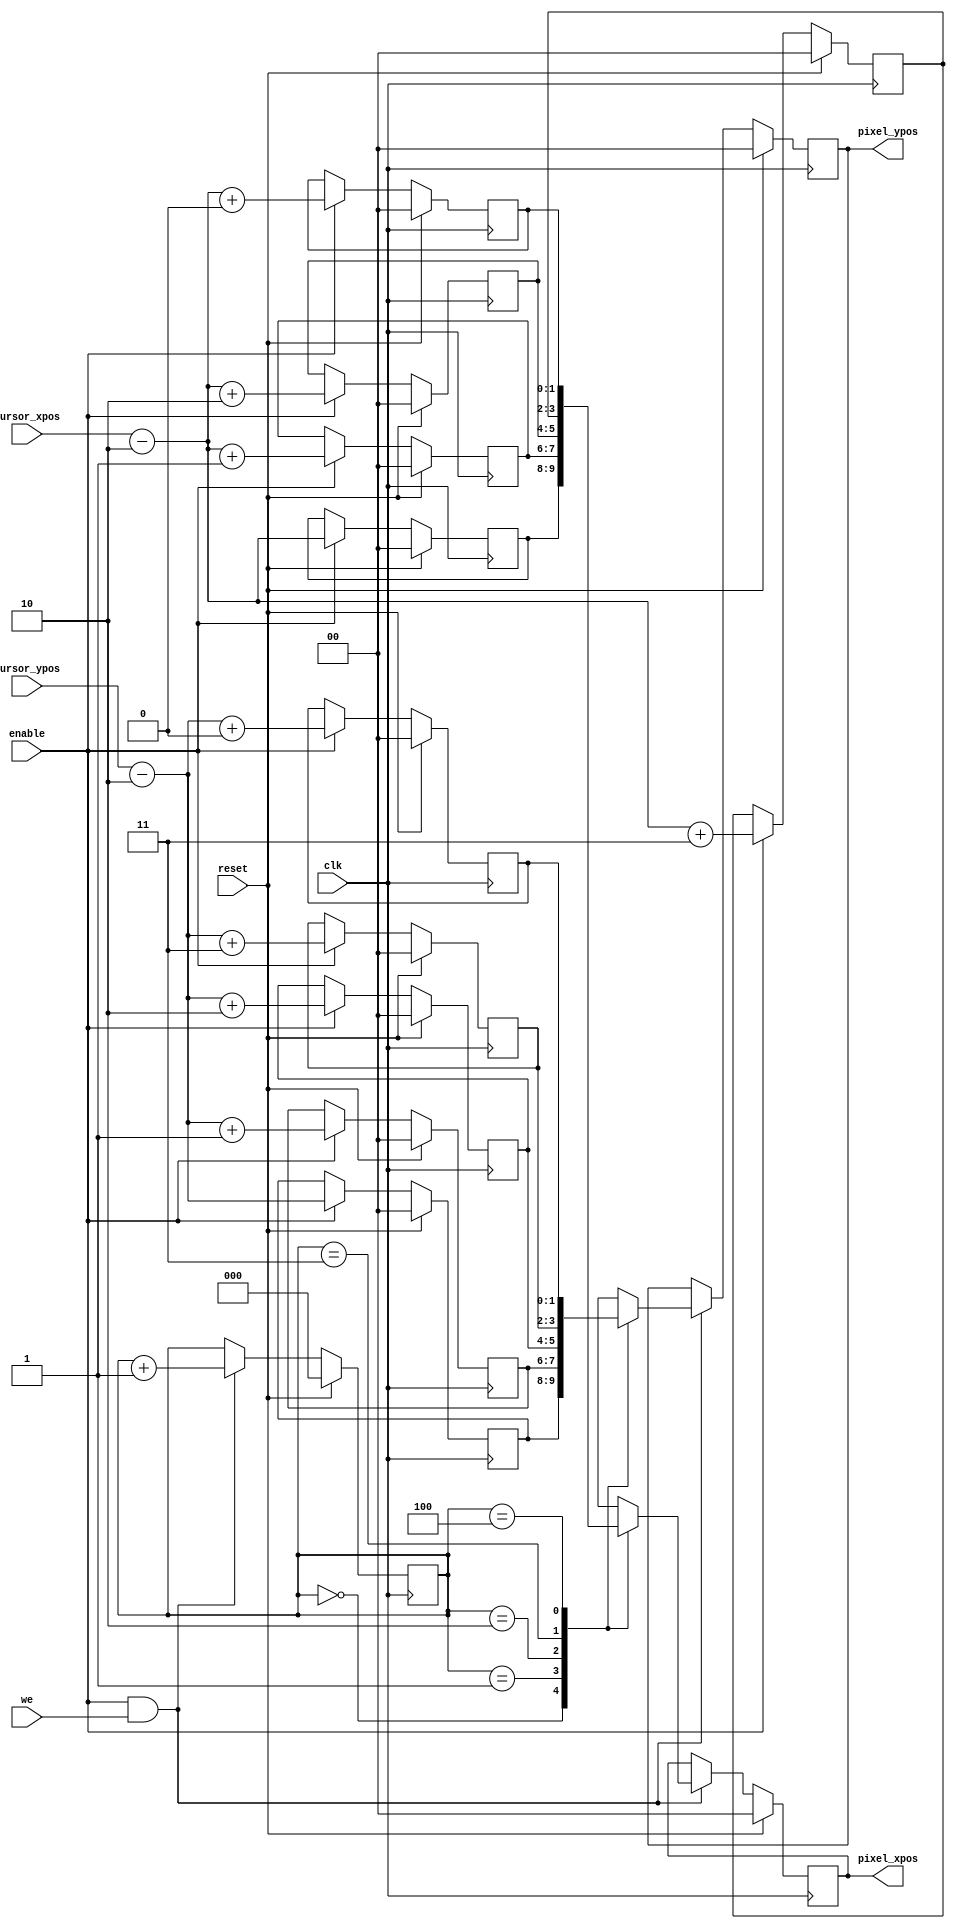
// This program was cloned from: https://github.com/DigitalDesignSchool/ce2020labs
// License: MIT License

module other_computer
#(
	parameter HPOS_WIDTH=0,
				 VPOS_WIDTH=0,
				 CURSOR_SIZE=4
	
)
(
	input clk,reset,enable,we,
	input [HPOS_WIDTH - 1:0] cursor_xpos,
   input [VPOS_WIDTH - 1:0] cursor_ypos,
	output reg [HPOS_WIDTH - 1:0] pixel_xpos,
	output reg [VPOS_WIDTH - 1:0] pixel_ypos
);
	localparam CNT_SIZE=$clog2 (CURSOR_SIZE);

	reg [HPOS_WIDTH - 1:0] paint_x [CURSOR_SIZE:0] ; // all points, including central one
	reg [VPOS_WIDTH - 1:0] paint_y [CURSOR_SIZE:0] ;
	reg [CNT_SIZE:0] counterout=0;
	
	//x computing
	always@(posedge clk) begin
	if (reset) begin 
	paint_x[0]<=0;
	paint_x[1]<=0;
	paint_x[2]<=0;
	paint_x[3]<=0;
	paint_x[4]<=0;
	end else if(enable) begin
	paint_x[0]<=cursor_xpos-CURSOR_SIZE/2;
	paint_x[1]<=cursor_xpos-CURSOR_SIZE/2+1;
	paint_x[2]<=cursor_xpos-CURSOR_SIZE/2+2;
	paint_x[3]<=cursor_xpos-CURSOR_SIZE/2+3;
	paint_x[4]<=cursor_xpos-CURSOR_SIZE/2+4;
	end
	end
	
	//y computing
	always@(posedge clk) begin
	if (reset) begin 
	paint_y[0]<=0;
	paint_y[1]<=0;
	paint_y[2]<=0;
	paint_y[3]<=0;
	paint_y[4]<=0;
	end else if(enable) begin
	paint_y[0]<=cursor_ypos-CURSOR_SIZE/2;
	paint_y[1]<=cursor_ypos-CURSOR_SIZE/2+1;
	paint_y[2]<=cursor_ypos-CURSOR_SIZE/2+2;
	paint_y[3]<=cursor_ypos-CURSOR_SIZE/2+3;
	paint_y[4]<=cursor_ypos-CURSOR_SIZE/2+4;
	end
	end
	
	//serial output
	always@(posedge clk) begin
	if (reset) begin 
	pixel_xpos<=0;
	pixel_ypos<=0;
	counterout<=0;
	end else if(enable&&we) begin
	counterout<=counterout+1;
	pixel_xpos<=paint_x[counterout];
	pixel_ypos<=paint_y[counterout];
	end
	end
	
endmodule